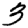
Digit: 3